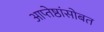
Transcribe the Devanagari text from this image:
आप्तेष्ठांसोबत